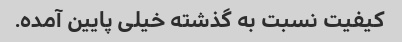
کیفیت نسبت به گذشته خیلی پایین آمده.